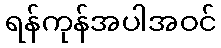
ရန်ကုန်အပါအဝင်